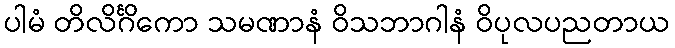
ပါမံ တိလိင်္ဂိကော သမဏာနံ ဝိသဘာဂါနံ ဝိပုလပညတာယ